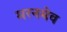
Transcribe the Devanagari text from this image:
मरनमेव